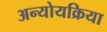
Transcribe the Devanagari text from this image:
अन्योयक्रिया